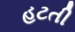
હટતી